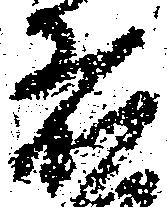
者